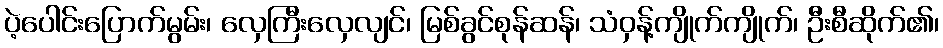
ပဲ့ပေါင်းပြောက်မွမ်း၊ လှေကြီးလှေလျင်၊ မြစ်ခွင်စုန်ဆန်၊ သံဝှန့်ကျိုက်ကျိုက်၊ ဦးစီဆိုက်၏၊